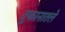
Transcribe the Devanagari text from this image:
दुकानातले